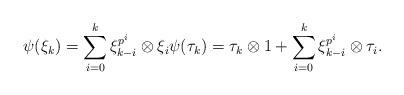
LaTeX: \begin{align*} \psi(\xi_k) = \sum_{i = 0}^k \xi_{k - i}^{p^i} \otimes \xi_i \psi(\tau_k) = \tau_k \otimes 1 + \sum_{i = 0}^k \xi_{k - i}^{p^i}\otimes \tau_i.\end{align*}